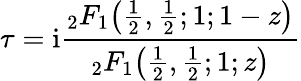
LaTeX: \tau=\mathrm{{i}}{\frac{{}_{2}F_{1}{\bigl(}{\frac{1}{2}},{\frac{1}{2}};1;1-z{\bigr)}}{{}_{2}F_{1}{\bigl(}{\frac{1}{2}},{\frac{1}{2}};1;z{\bigr)}}}